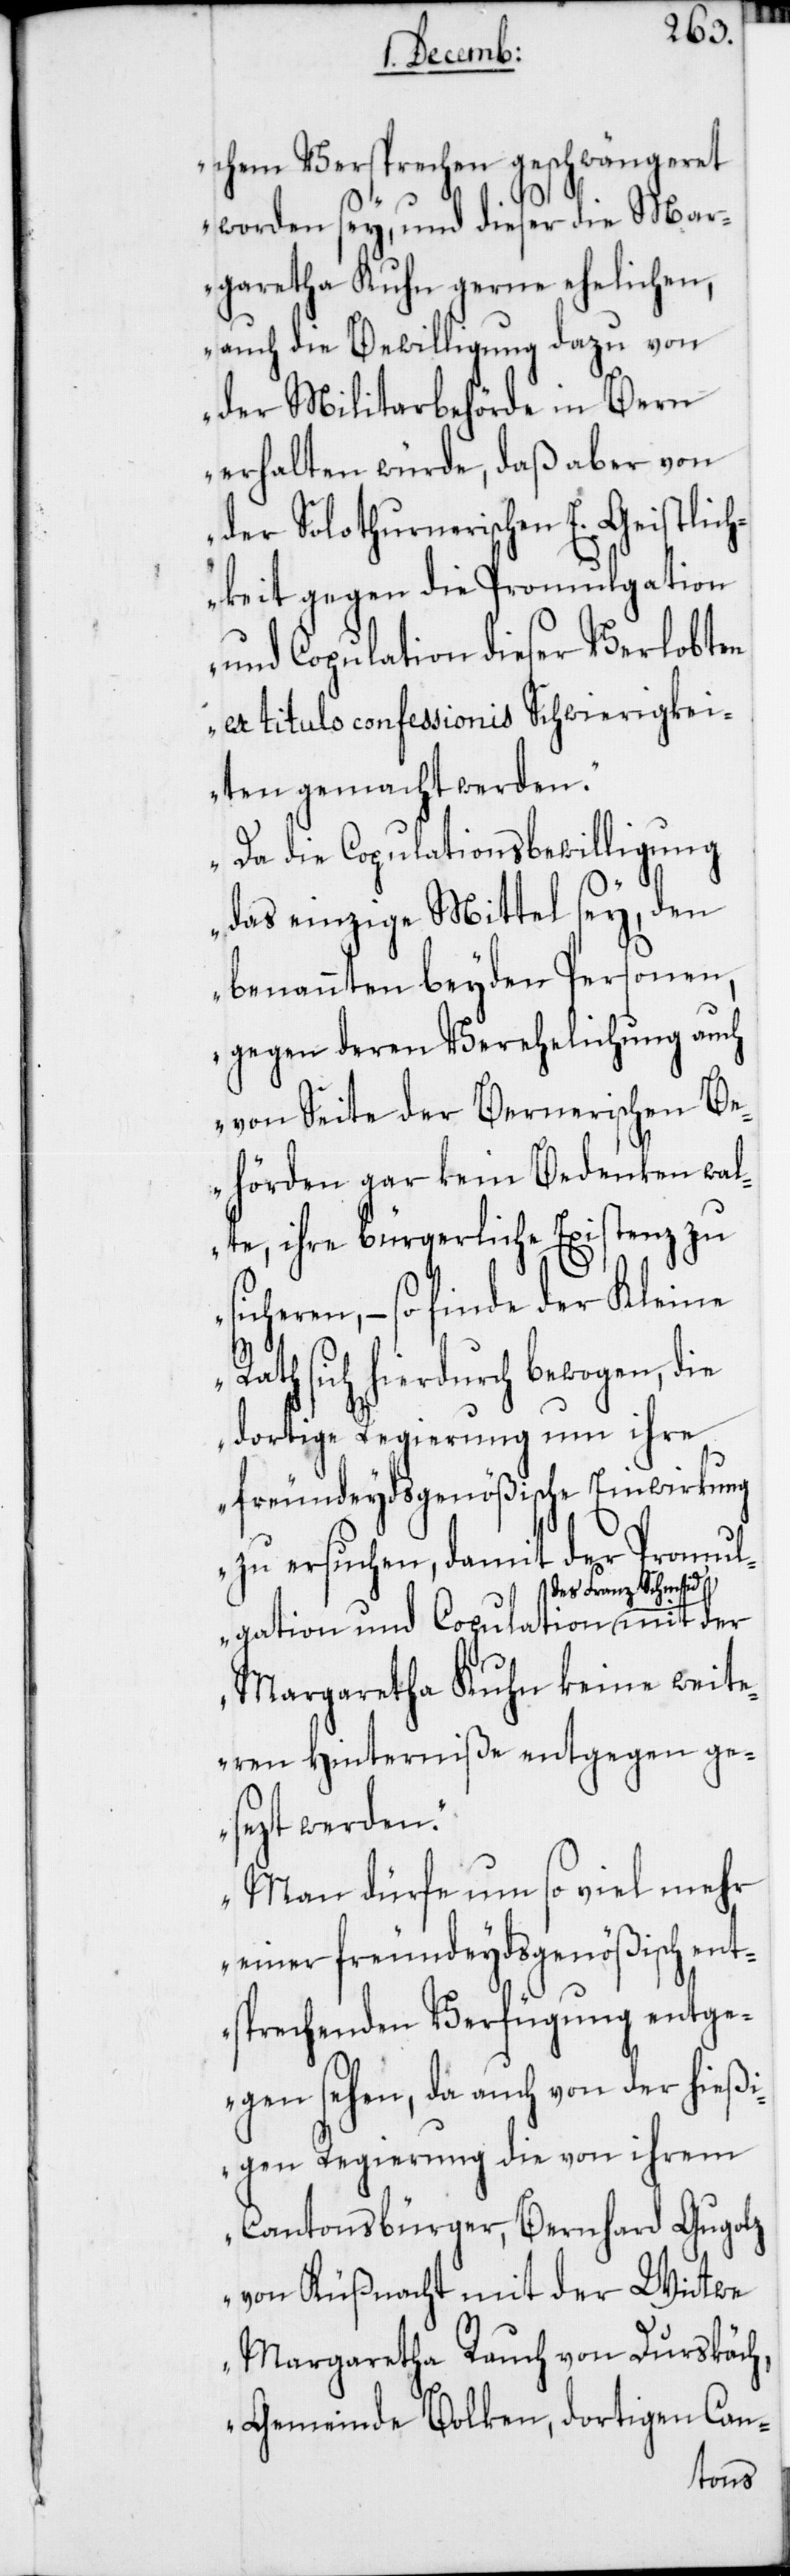
chem Versprechen geschwängeret
worden sey, und dieser die Mar¬
garetha Kuhn gerne ehelichen,
auch die Bewilligung dazu von
der Militarbehörde in Bern
erhalten würde, daß aber von
der Solothurnerischen E. Geistlich¬
keit gegen die Promulgation
und Copulation dieser Verlobten
ex titulo confessionis Schwierigkei¬
ten gemacht werden.
Da die Copulationsbewilligung
das einzige Mittel sey, den
benannten beyden Personen,
gegen deren Verehelichung auch
von Seite der Bernerischen Be¬
hörden gar kein Bedenken wal¬
te, ihre bürgerliche Existenz zu
sicheren, – so finde der Kleine
Rath sich hierdurch bewogen, die
dortige Regierung um ihre
freundeydsgenößische Einwirkung
zu ersuchen, damit der Promul¬
es Franz Schmid mit
gation und Copulation d¬
Margaretha Kuhn keine weite¬
ren Hinderniße entgegen ge¬
sezt werden.
Man dürfe um so viel mehr
einer freundeydsgenößisch ent¬
sprechenden Verfügung entge¬
gensehen, da auch von der hießi¬
gen Regierung die von ihrem
Cantonsbürger, Bernhard Gugolz
von Küßnacht mit der Wittwe
Margaretha Rauch von Durskäch,
Gemeinde Bolken, dortigen Can-